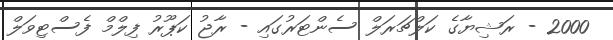
2000 - ރަޝިޔާގެ ކަލްޗަރަލް ސެންޓަރުގައި - ރާޖު ކަޕޫރު ފިލްމް ފެސްޓިވަލް